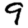
Digit: 9